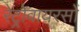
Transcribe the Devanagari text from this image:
रेट्रोवायरसों